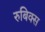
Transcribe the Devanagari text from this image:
रुबिक्स